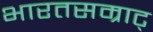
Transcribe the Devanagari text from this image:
भारतसम्राट्